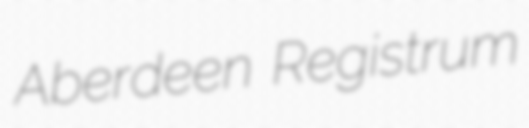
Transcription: Aberdeen Registrum